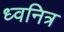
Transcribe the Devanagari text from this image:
ध्वनित्र